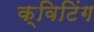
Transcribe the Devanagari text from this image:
क्विटिंग